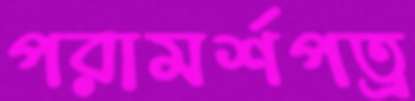
পরামর্শপত্র